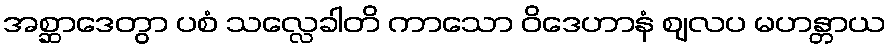
အစ္ဆာဒေတွာ ပစံ သလ္လေခါတိ ကာသော ဝိဒေဟာနံ ဈလပ မဟန္တာယ